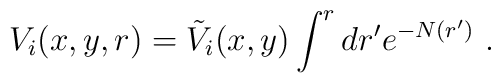
V_i(x,y,r) = \tilde V_i(x,y)\int^rdr' e^{-N(r')}~.